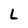
Character: L